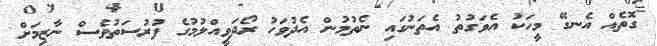
ގޮތެއް އެނގޭ މީހަކު އެވަގުތު އެތަނުގައި ނެތުމުން އެދުވަހު ރޯދަވީއްލުމުގެ ފުރުސަތުވެސް ނާޒިމަށް